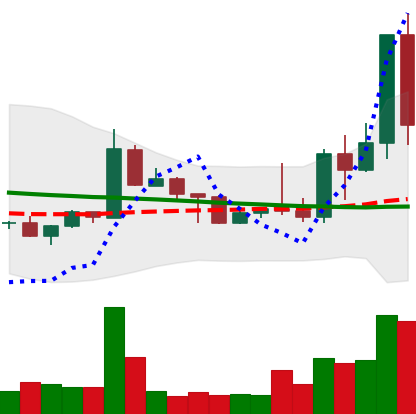
Ticker: TRX-USD
Chart end date: 2022-05-05
Forward return: 3.235%
Label: up_3_5